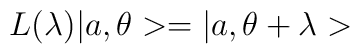
L(\lambda)|a,\theta>=|a,\theta+\lambda>